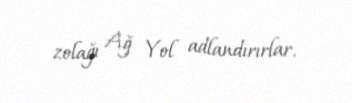
zolağı Ağ Yol adlandırırlar.